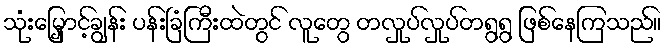
သုံးမြှောင့်ချွန်း ပန်းခြံကြီးထဲတွင် လူတွေ တလှုပ်လှုပ်တရွရွ ဖြစ်နေကြသည်။